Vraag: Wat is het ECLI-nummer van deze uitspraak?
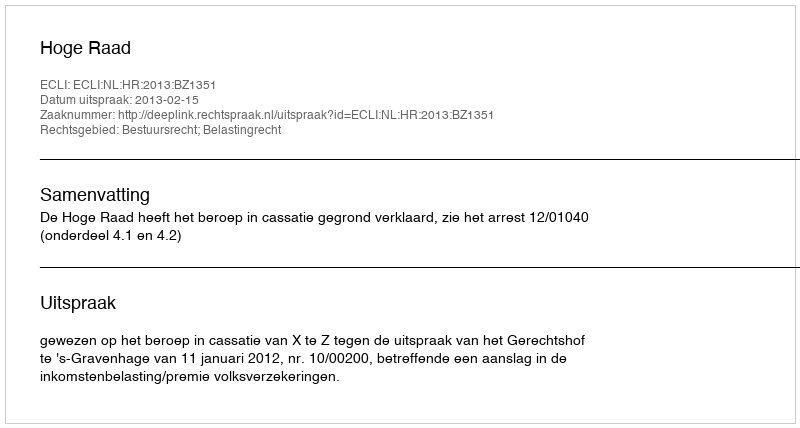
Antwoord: ECLI:NL:HR:2013:BZ1351